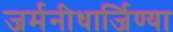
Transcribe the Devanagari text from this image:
जर्मनीधार्जिण्या